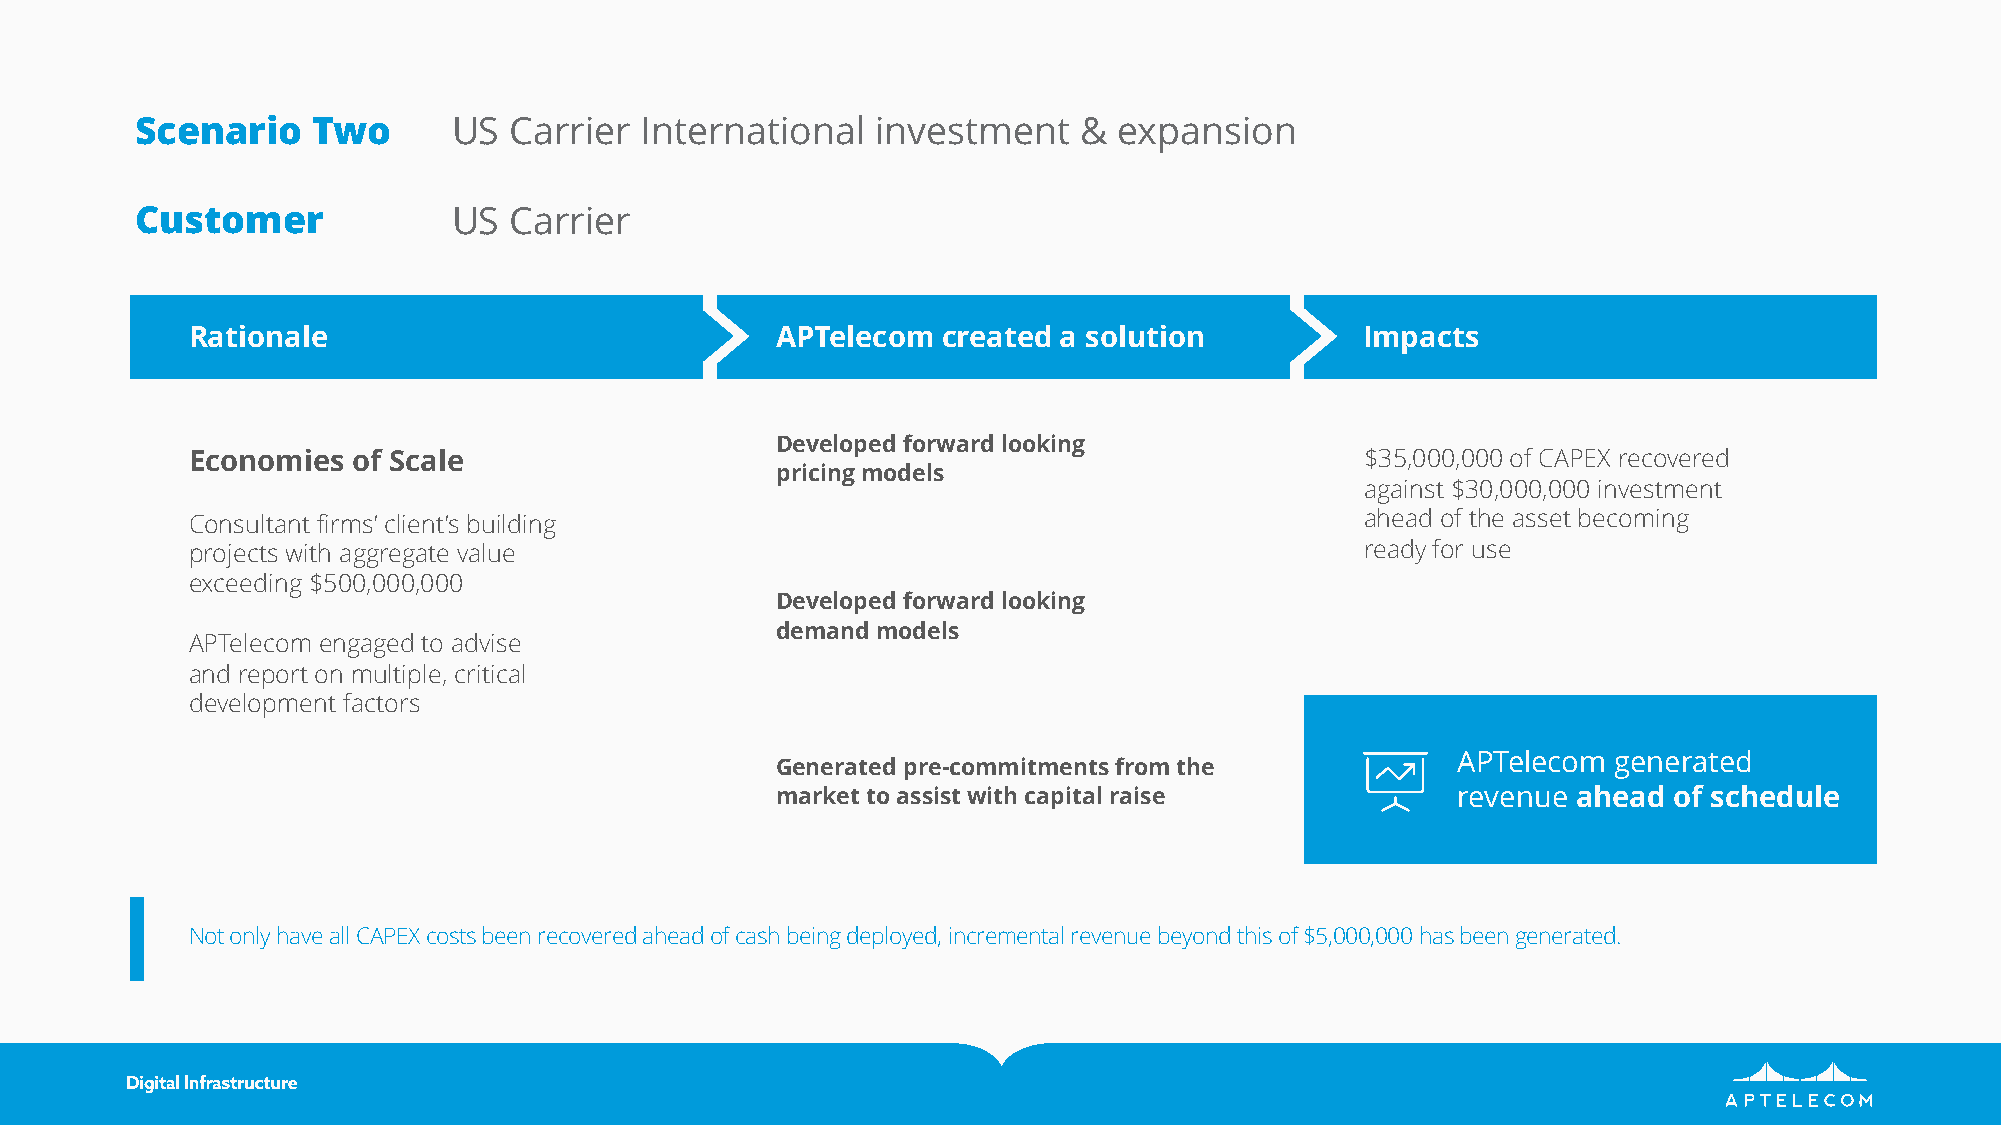
Scenario    Two      US  Carrier International   investment    & expansion
 Customer             US  Carrier
 Rationale                             APTelecom  created a solution          Impacts
 Developed forward looking
 Economies of Scale                                                           $35,000,000 of CAPEX recovered
 pricing models
 against $30,000,000 investment
 ahead of the asset becoming
 Consultant firms’ client’s building
 projects with aggregate value                                                ready for use
 exceeding $500,000,000
 Developed forward looking
 demand models
 APTelecom engaged to advise
 and report on multiple, critical
 development factors
 APTelecom  generated
 Generated pre-commitments from the
 market to assist with capital raise          revenue ahead  of schedule
 Not only have all CAPEX costs been recovered ahead of cash being deployed, incremental revenue beyond this of $5,000,000 has been generated.
 APTelecom   Worldwide